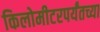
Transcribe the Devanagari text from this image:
किलोमीटरपर्यंतच्या